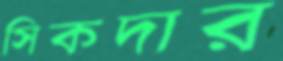
সিকদার